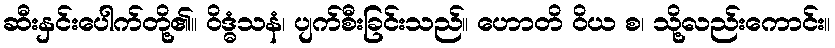
ဆီးနှင်းပေါက်တို့၏။ ဝိဒ္ဓံသနံ၊ ပျက်စီးခြင်းသည်။ ဟောတိ ဝိယ စ၊ သို့လည်းကောင်း။